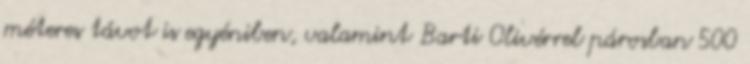
méteres távot is egyéniben, valamint Barti Olivérrel párosban 500